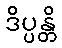
ဒိပ္ပန္တိ